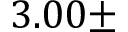
3 . 0 0 \pm